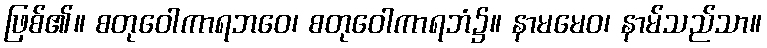
ဖြစ်၏။ စတုဝေါကာရဘဝေ၊ စတုဝေါကာရဘံ၌။ နာမမေဝ၊ နာမ်သည်သာ။